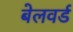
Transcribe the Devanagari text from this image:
बेलवर्ड